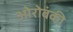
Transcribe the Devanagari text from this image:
ओरोबंकी